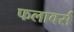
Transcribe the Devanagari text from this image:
फलावर्स